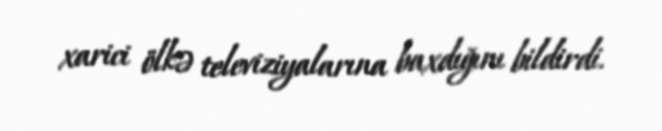
xarici ölkə televiziyalarına baxdığını bildirdi.